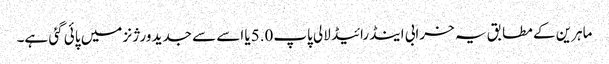
ماہرین کے مطابق یہ خرابی اینڈرائیڈ لالی پاپ5.0یا اسے سے جدید ورژنز میں پائی گئی ہے۔